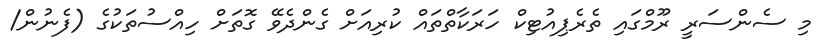
މި ސެންސަރީ ރޫމްގައި ތެރެޕިއުޓިކް ހަރަކާތްތައް ކުރިއަށް ގެންދެވޭ ގޮތަށް ހިއްސުތަކުގެ (ފެނުން/